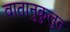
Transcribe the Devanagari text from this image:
वातानुकुलुत